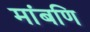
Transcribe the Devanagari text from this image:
मांबणि